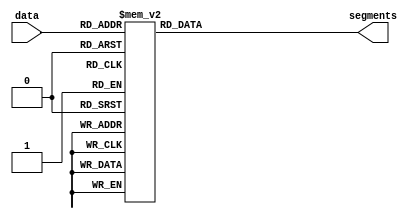
module seg7decoder (
    input wire [3:0] data,
    output reg [6:0] segments
);

always @(*) begin
    case(data)     // ABCDEFG
    0:  segments = 7'b1111110;
    1:  segments = 7'b0110000;
    2:  segments = 7'b1101101;
    3:  segments = 7'b1111001;
    4:  segments = 7'b0110011;
    5:  segments = 7'b1011011;
    6:  segments = 7'b1011111;
    7:  segments = 7'b1110000;
    8:  segments = 7'b1111111;
    9:  segments = 7'b1110011;
    10: segments = 7'b1110111;
    11: segments = 7'b0011111;
    12: segments = 7'b1001111;
    13: segments = 7'b0111101;
    14: segments = 7'b1001111;
    15: segments = 7'b1000111;
    default:
        segments = 7'b0000000;
    endcase
end

endmodule